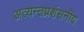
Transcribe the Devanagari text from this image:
अत्यन्तप्रशंसनीय